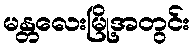
မန္တလေးမြို့အတွင်း